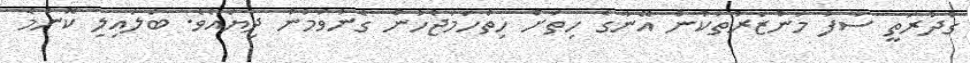
ގުދުރަތީ ސާފު މަންޒަރުތަކުން އޭނާގެ ހިތަށް ހިތްހަމަޖެހުން ގެނުވަމުން ދިޔައެވެ. ބަލައިލި ކޮންމެ